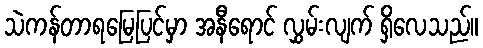
သဲကန်တာရမြေပြင်မှာ အနီရောင် လွှမ်းလျက် ရှိလေသည်။